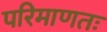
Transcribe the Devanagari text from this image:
परिमाणतः